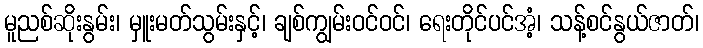
မူညစ်ဆိုးနွမ်း၊ မှူးမတ်သွမ်းနှင့်၊ ချစ်ကျွမ်းဝင်ဝင်၊ ရေးတိုင်ပင်အံ့၊ သန့်စင်နွယ်ဇာတ်၊